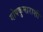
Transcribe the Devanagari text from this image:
गोपकुमाराशी